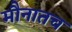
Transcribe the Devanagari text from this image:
मौनातच